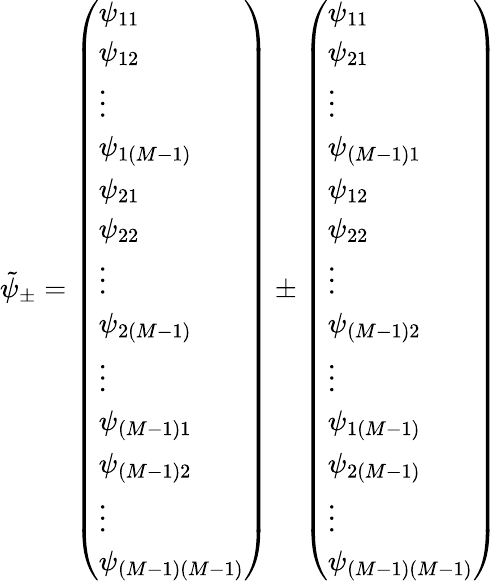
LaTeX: \tilde{\psi}_{\pm}=\left(\begin{array}{l}{\psi_{11}}\\ {\psi_{12}}\\ {\vdots}\\ {\psi_{1\left(M-1\right)}}\\ {\psi_{21}}\\ {\psi_{22}}\\ {\vdots}\\ {\psi_{2\left(M-1\right)}}\\ {\vdots}\\ {\psi_{\left(M-1\right)1}}\\ {\psi_{\left(M-1\right)2}}\\ {\vdots}\\ {\psi_{\left(M-1\right)\left(M-1\right)}}\end{array}\right)\pm\left(\begin{array}{l}{\psi_{11}}\\ {\psi_{21}}\\ {\vdots}\\ {\psi_{\left(M-1\right)1}}\\ {\psi_{12}}\\ {\psi_{22}}\\ {\vdots}\\ {\psi_{\left(M-1\right)2}}\\ {\vdots}\\ {\psi_{1\left(M-1\right)}}\\ {\psi_{2\left(M-1\right)}}\\ {\vdots}\\ {\psi_{\left(M-1\right)\left(M-1\right)}}\end{array}\right)